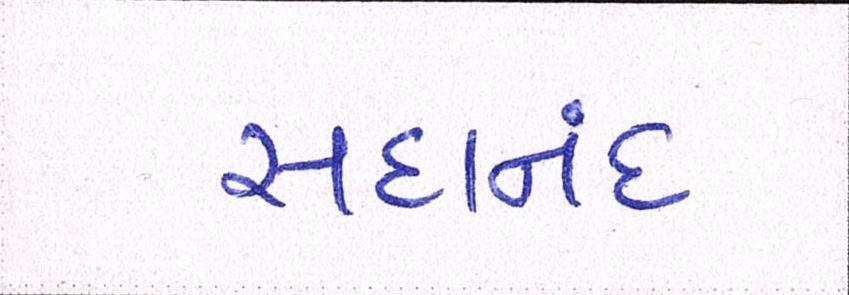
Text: સદાનંદ